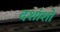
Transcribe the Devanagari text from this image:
दशांशों